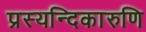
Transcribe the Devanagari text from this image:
प्रस्यन्दिकारुणि